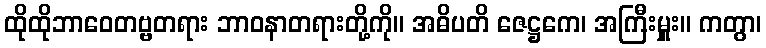
ထိုထိုဘာဝေတဗ္ဗတရား ဘာဝနာတရားတို့ကို။ အဓိပတိ ဇေဋ္ဌကေ၊ အကြီးမှူး။ ကတွာ၊